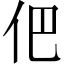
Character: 𠇕